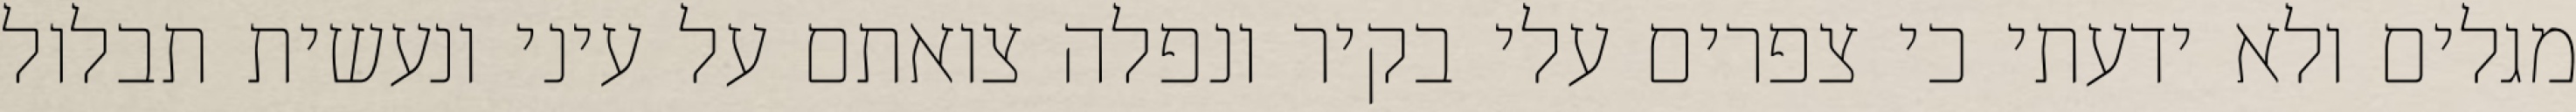
מגלים ולא ידעתי כי צפרים עלי בקיר‏ ונפלה צואתם על עיני ונעשית תבלול